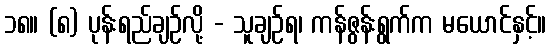
၁၈။ (၈) ပုန်းရည်ချဉ်လို့ - သူချဉ်ရ၊ ကန်ဇွန်းရွက်က မယောင်နှင့်။